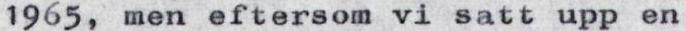
1965, men eftersom vi satt upp en